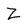
Character: Z